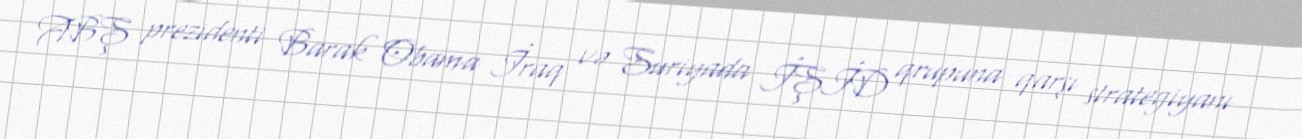
ABŞ prezidenti Barak Obama İraq və Suriyada İŞİD qrupuna qarşı strategiyanı